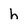
Character: h